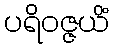
ပရိဝဇ္ဇယိံ